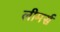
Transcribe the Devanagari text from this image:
लीमर्स